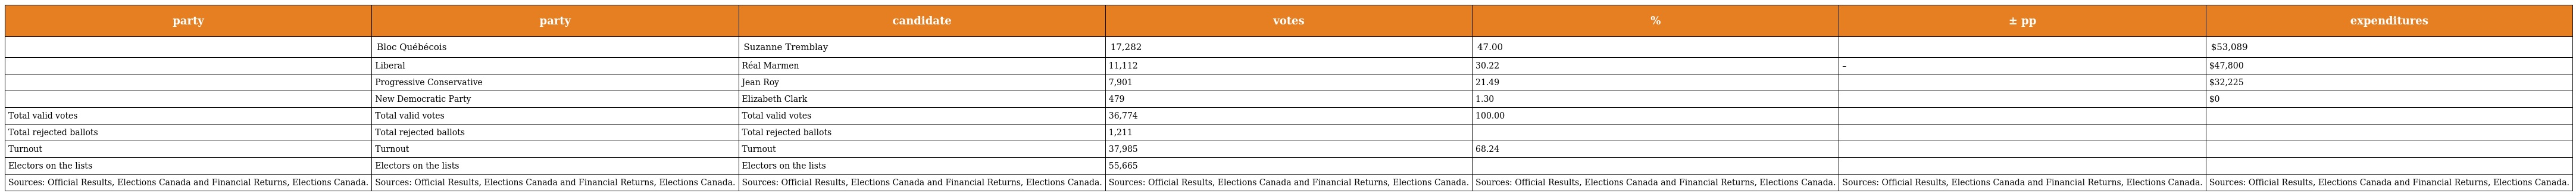
| party | party | candidate | votes | % | ± pp | expenditures |
 | --- | --- | --- | --- | --- | --- | --- |
 |  | Bloc Québécois | Suzanne Tremblay | 17,282 | 47.00 |  | $53,089 |
 |  | Liberal | Réal Marmen | 11,112 | 30.22 | – | $47,800 |
 |  | Progressive Conservative | Jean Roy | 7,901 | 21.49 |  | $32,225 |
 |  | New Democratic Party | Elizabeth Clark | 479 | 1.30 |  | $0 |
 | Total valid votes | Total valid votes | Total valid votes | 36,774 | 100.00 |  |  |
 | Total rejected ballots | Total rejected ballots | Total rejected ballots | 1,211 |  |  |  |
 | Turnout | Turnout | Turnout | 37,985 | 68.24 |  |  |
 | Electors on the lists | Electors on the lists | Electors on the lists | 55,665 |  |  |  |
 | Sources: Official Results, Elections Canada and Financial Returns, Elections Canada. | Sources: Official Results, Elections Canada and Financial Returns, Elections Canada. | Sources: Official Results, Elections Canada and Financial Returns, Elections Canada. | Sources: Official Results, Elections Canada and Financial Returns, Elections Canada. | Sources: Official Results, Elections Canada and Financial Returns, Elections Canada. | Sources: Official Results, Elections Canada and Financial Returns, Elections Canada. | Sources: Official Results, Elections Canada and Financial Returns, Elections Canada. |